Vaccination North-Western Provinces 1866-1877 - 1866-1877
Year: 1866
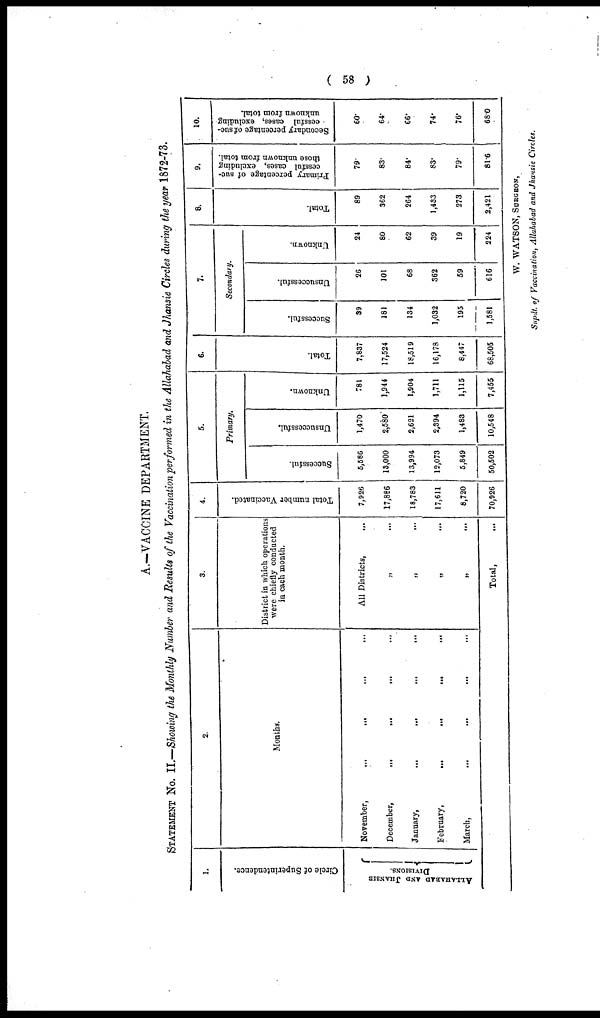
( 58 )
A.—VACCINE DEPARTMENT.
STATEMENT No. II.—Showing the Monthly Number and Results of the Vaccination performed in the Allahabad and Jhansie Circles during the year 1872-73.
1.
Circle of Superintendence.
ALLAHABAD AND JHANSIE
DIVISIONS.
2.
Months.
November,
...
...
...
...
December,
...
...
...
...
January, ... ... ... ...
February,
...
...
...
...
March,
...
...
...
...
3.
District in which operations
were chiefly conducted
in each month.
All Districts, ...
„ ...
„ ...
„ ...
„
...
Total, ...
4.
Total number Vaccinated.
7,926
17,886
18,783
17,611
8,720
70,926
5.
Primary.
Successful.
5,586
13,000
13,994
12,073
5,849
50,502
Unsuccessful.
1,470
2,580
2,621
2,394
1,483
10,548
Unknown.
781
1,944
1,904
1,711
1,115
7,455
6.
Total.
7,837
17,524
18,519
16,178
8,447
68,505
7.
Secondary.
Successful.
39
181
134
1,032
195
1,581
Unsuccessful.
26
101
68
362
59
616
Unknown.
24
80
62
39
19
224
8.
Total.
89
362
264
1,433
273
2,421
9.
Primary percentage of suc-
cessful cases, excluding
those unknown from total.
79.
83.
84.
83.
79.
81.6
10.
Secondary percentage of suc-
cessful cases, excluding
unknown from total.
60.
64.
66.
74.
76.
68.0
W. WATSON, SURGEON,
Supdt. of Vaccination, Allahabad and Jhansie Circles.